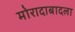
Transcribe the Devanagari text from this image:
मोरादाबादला